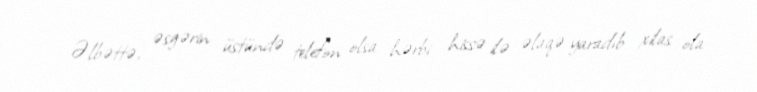
Əlbəttə, əsgərin üstündə telefon olsa hərbi hissə ilə əlaqə yaradıb xilas ola